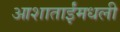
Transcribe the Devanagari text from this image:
आशाताईंमधली